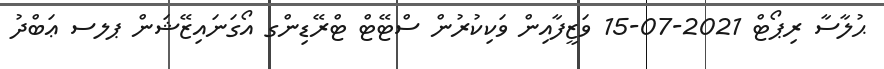
ޙުލާސާ ރިޕޯޓް 2021-07-15 ވަޒީފާއިން ވަކިކުރުން ސްޓޭޓް ޓްރޭޑިންގ އޯގަނައިޒޭޝަން ޕލސ ޢަބްދު